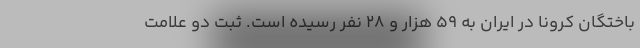
باختگان کرونا در ایران به ۵۹ هزار و ۲۸ نفر رسیده است. ثبت دو علامت